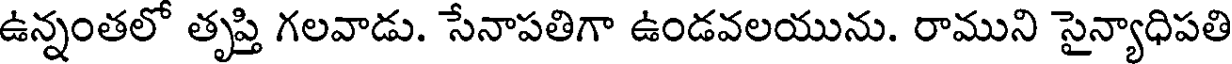
ఉన్నంతలో తృప్తి గలవాడు. సేనాపతిగా ఉండవలయును. రాముని సైన్యాధిపతి